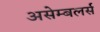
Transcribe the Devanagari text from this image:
असेम्बलर्स